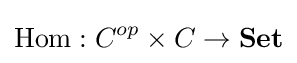
\operatorname {Hom} :C^{op}\times C\to {\textbf {Set}}